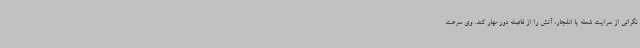
نگرانی از سرایت شعله یا انفجار، آتش را از فاصله دور مهار کند. وی سرعت